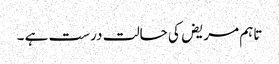
تاہم مریض کی حالت درست ہے ۔